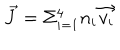
\vec { J } = \Sigma _ { i = 1 } ^ { 4 } n _ { i } \vec { v _ { i } }